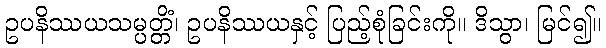
ဥပနိဿယသမ္ပတ္တိံ၊ ဥပနိဿယနှင့် ပြည့်စုံခြင်းကို။ ဒိသွာ၊ မြင်၍။